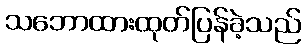
သဘောထားထုတ်ပြန်ခဲ့သည်